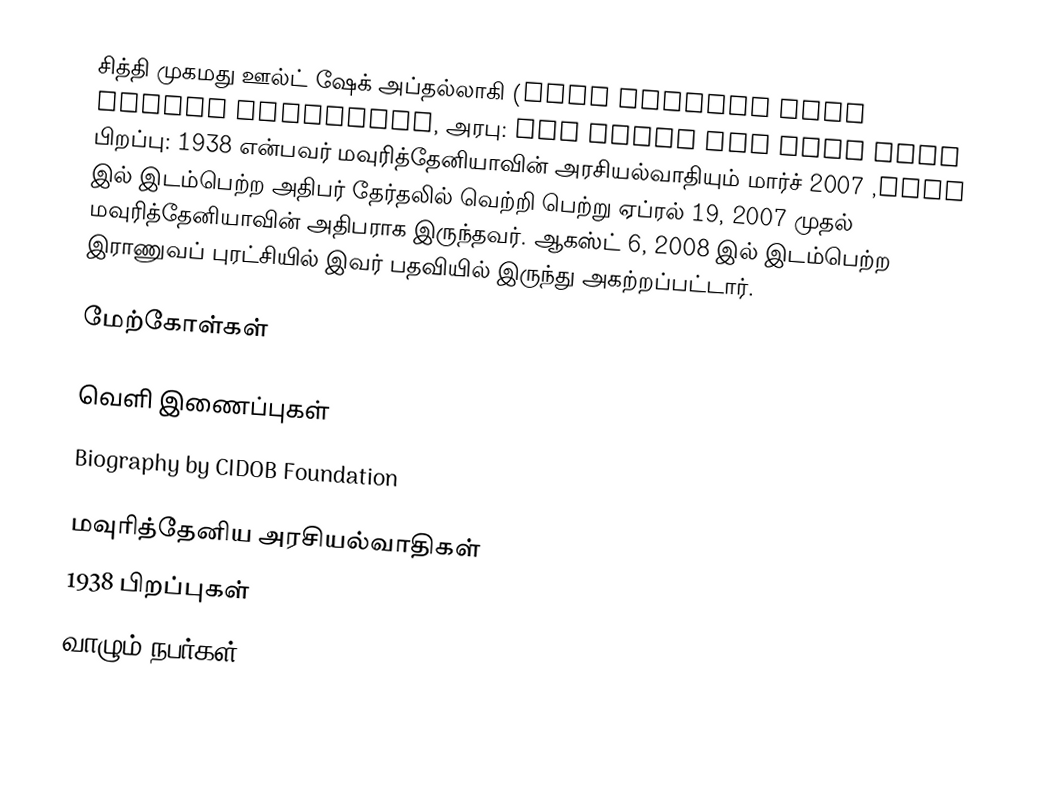
சித்தி முகமது ஊல்ட் ஷேக் அப்தல்லாகி  (Sidi Mohamed Ould Cheikh Abdallahi, அரபு: سيدى محمد ولد الشيخ عبد الله, பிறப்பு: 1938 என்பவர் மவுரித்தேனியாவின் அரசியல்வாதியும் மார்ச் 2007 இல் இடம்பெற்ற அதிபர் தேர்தலில் வெற்றி பெற்று ஏப்ரல் 19, 2007 முதல் மவுரித்தேனியாவின் அதிபராக இருந்தவர். ஆகஸ்ட் 6, 2008 இல் இடம்பெற்ற இராணுவப் புரட்சியில் இவர் பதவியில் இருந்து அகற்றப்பட்டார்.

மேற்கோள்கள்

வெளி இணைப்புகள்
 Biography by CIDOB Foundation

மவுரித்தேனிய அரசியல்வாதிகள்
1938 பிறப்புகள்
வாழும் நபர்கள்